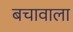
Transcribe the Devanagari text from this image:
बचावाला